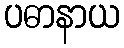
ပဓာနာယ